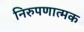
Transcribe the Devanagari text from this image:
निरुपणात्मक